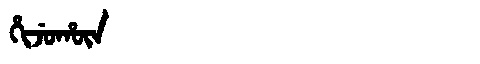
Manchu: ᡥᡳᠵᡠᡥᡡᠨ
Romanization: HIJUHŪN